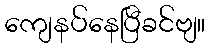
ကျေနပ်နေပြီခင်ဗျ။